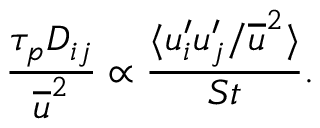
\frac { \tau _ { p } D _ { i j } } { \overline { { u } } ^ { 2 } } \propto \frac { \langle u _ { i } ^ { \prime } u _ { j } ^ { \prime } / \overline { { u } } ^ { 2 } \rangle } { S t } .